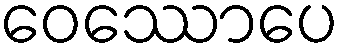
ဝေဿောပေ